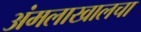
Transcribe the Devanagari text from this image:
अंमलाखालचा